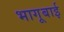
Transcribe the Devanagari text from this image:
भागूबाई